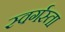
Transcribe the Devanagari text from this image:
स्वर्गस्ता